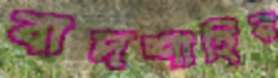
বাদশাহির